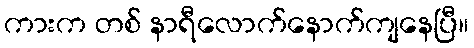
ကားက တစ် နာရီလောက်နောက်ကျနေပြီ။